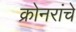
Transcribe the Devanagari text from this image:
क्रोनरांचे